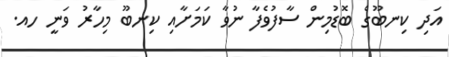
އަދި ކިނބޫގެ ބޮޑުމިން ސާފުވެފާ ނުވާ ކަމަށާއި ކިނބޫ މިހާރު ވަނީ ހއ.